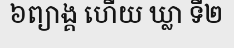
៦ព្យាង្គ ហើយ ឃ្លា ទី២